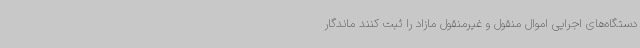
دستگاه‌های اجرایی اموال منقول و غیرمنقول مازاد را ثبت کنند ماندگار